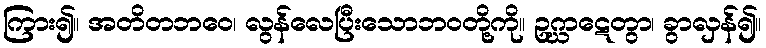
ကြား၍။ အတိတဘဝေ၊ လွန်လေပြီးသောဘဝတို့ကို။ ဥဂ္ဃာဋေတွာ၊ ခွာလှန်၍။